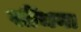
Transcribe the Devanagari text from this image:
सींचना